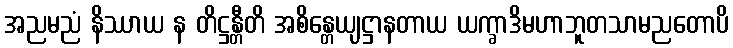
အညမညံ နိဿာယ န တိဋ္ဌန္တီတိ အစိန္တေယျဋ္ဌာနတာယ ယက္ခာဒိမဟာဘူတသာမညတောပိ